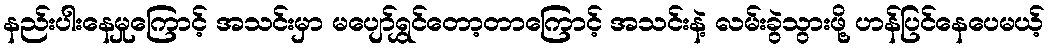
နည်းပါးနေမှုကြောင့် အသင်းမှာ မပျော်ရွှင်တော့တာကြောင့် အသင်းနဲ့ လမ်းခွဲသွားဖို့ ဟန်ပြင်နေပေမယ့်